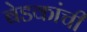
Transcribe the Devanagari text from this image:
बेडकांची